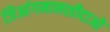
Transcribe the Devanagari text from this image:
जिआंगनानशीदाओ